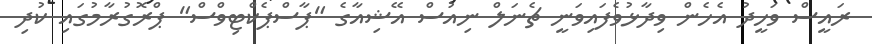
ރައީސް ވަހީދު އެހެން ވިދާޅުވެފައިވަނީ ޗެނަލް ނިއުސް އޭޝިއާގެ "ޕާސްޕެކްޓިވްސް" ޕްރޮގުރާމުގައި ކުދި